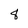
Character: 8